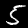
Label: 5